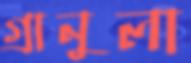
গ্রানুলা